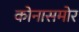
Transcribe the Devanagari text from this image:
कोनासमोर